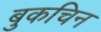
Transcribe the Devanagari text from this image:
बुकचिन